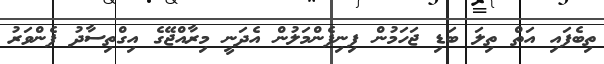
ތިބެފައި އަތް ތިލަ ބަޑި ޖަހަމުން ފިނިފެންމަލުން އެދަނީ މިރާއްޖޭގެ އިގްތިސާދު ފެންވަރު